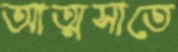
আত্মসাতে